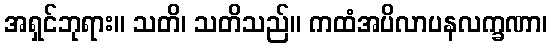
အရှင်ဘုရား။ သတိ၊ သတိသည်။ ကထံအပိလာပနလက္ခဏာ၊